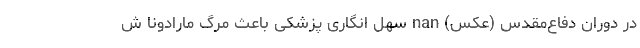
در دوران دفاع‌مقدس (عکس) nan سهل انگاری پزشکی باعث مرگ مارادونا ش